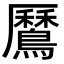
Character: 𪅼